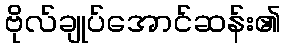
ဗိုလ်ချုပ်အောင်ဆန်း၏